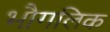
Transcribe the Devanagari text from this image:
भौगलिक